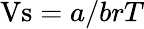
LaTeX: \mathrm{Vs}={a}/{brT}